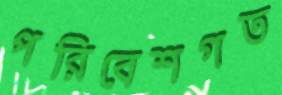
পরিবেশগত